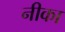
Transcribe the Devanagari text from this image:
नीका